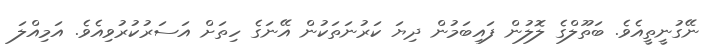
ނޭގުނީތީއެވެ. ބަތޫލްގެ ލޮލުން ފައިބަމުން ދިޔަ ކަރުނަތަކުން އޭނަގެ ހިތަށް އަސަރުކުރުވިއެވެ. އަމިއްލަ